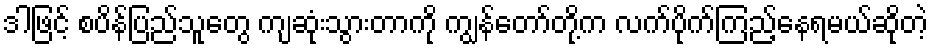
ဒါဖြင့် စပိန်ပြည်သူတွေ ကျဆုံးသွားတာကို ကျွန်တော်တို့က လက်ပိုက်ကြည့်နေရမယ်ဆိုတဲ့